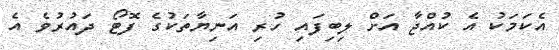
އެކަމަކު އެ ކުއްޖާ އަށް ލިބިފައި ހުރި އަނިޔާތަކުގެ ފޮޓޯ ދައުރުވެ އެ